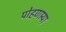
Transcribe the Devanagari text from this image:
पोहणार्‍या